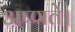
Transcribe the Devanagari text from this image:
अष्णते।